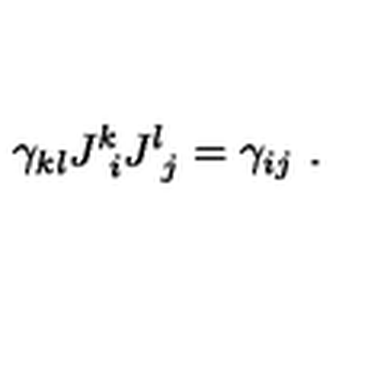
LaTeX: \gamma _ { k l } J _ { \ i } ^ { k } J _ { \ j } ^ { l } = \gamma _ { i j } \ .